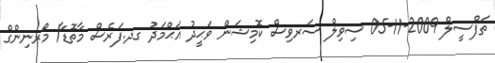
ތަފްސީލް 2009-11-05 ސިވިލް ސަރވިސް ކޮމިޝަން ވަޙީދު އަޙްމަދު ގދ.ފަރެސް މާތޮޑާ/ މޯރނިންގް